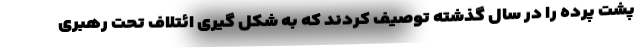
پشت پرده را در سال گذشته توصیف کردند که به شکل گیری ائتلاف تحت رهبری